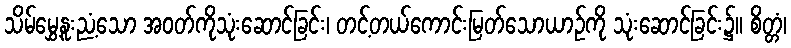
သိမ်မွှေ့နူးညံ့သော အဝတ်ကိုသုံးဆောင်ခြင်း၊ တင့်တယ်ကောင်းမြတ်သောယာဉ်ကို သုံးဆောင်ခြင်း၌။ စိတ္တံ၊